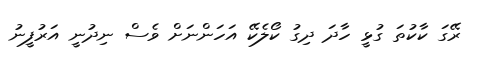
ރޭގަ ކާކުތަ ގުޅީ ހާދަ ދިގު ކޯލެކޭ އަހަންނަށް ވެސް ނިދުނީ އަރުފީނު